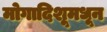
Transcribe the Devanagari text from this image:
मोगादिशूमधून